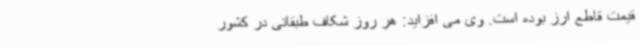
قیمت قاطع ارز بوده است. وی می افزاید: هر روز شکاف طبقاتی در کشور